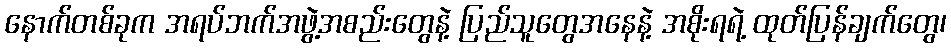
နောက်တစ်ခုက အရပ်ဘက်အဖွဲ့အစည်းတွေနဲ့ ပြည်သူတွေအနေနဲ့ အစိုးရရဲ့ ထုတ်ပြန်ချက်တွေ၊